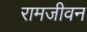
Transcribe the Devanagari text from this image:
रामजीवन